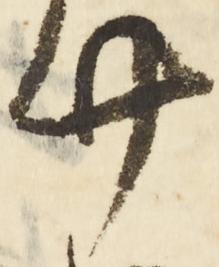
廿